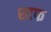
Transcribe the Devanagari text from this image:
शाफ